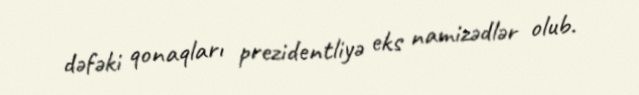
dəfəki qonaqları prezidentliyə eks namizədlər olub.